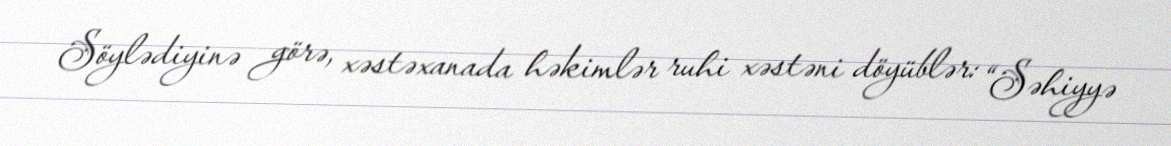
Söylədiyinə görə, xəstəxanada həkimlər ruhi xəstəni döyüblər: “Səhiyyə